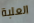
العلبة